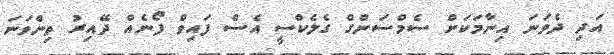
އަދި ދެވަނަ އިނާމަކަށް ސެމްސަންގް ގެލެކްސީ އެސް ފައިވް ފޯނެއް ދޭއިރު ތިންވަނަ